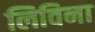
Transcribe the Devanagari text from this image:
लिविना